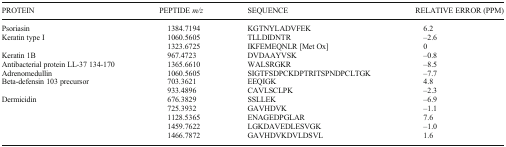
<table><thead><tr><td><b>PROTEIN</b></td><td><b>PEPTIDE <i>m/z</i></b></td><td><b>SEQUENCE</b></td><td><b>RELATIVE ERROR (PPM)</b></td></tr></thead><tbody><tr><td>Psoriasin</td><td>1384.7194</td><td>KGTNYLADVFEK</td><td>6.2</td></tr><tr><td rowspan="2">Keratin type I</td><td>1060.5605</td><td>TLLDIDNTR</td><td>–2.6</td></tr><tr><td>1323.6725</td><td>IKFEMEQNLR [Met Ox]</td><td>0</td></tr><tr><td>Keratin 1B</td><td>967.4723</td><td>DVDAAYVSK</td><td>–0.8</td></tr><tr><td>Antibacterial protein LL-37 134-170</td><td>1365.6610</td><td>WALSRGKR</td><td>–8.5</td></tr><tr><td>Adrenomedullin</td><td>1060.5605</td><td>SIGTFSDPCKDPTRITSPNDPCLTGK</td><td>–7.7</td></tr><tr><td rowspan="2">Beta-defensin 103 precursor</td><td>703.3621</td><td>EEQIGK</td><td>4.8</td></tr><tr><td>933.4896</td><td>CAVLSCLPK</td><td>–2.3</td></tr><tr><td rowspan="5">Dermicidin</td><td>676.3829</td><td>SSLLEK</td><td>–6.9</td></tr><tr><td>725.3932</td><td>GAVHDVK</td><td>–1.1</td></tr><tr><td>1128.5365</td><td>ENAGEDPGLAR</td><td>7.6</td></tr><tr><td>1459.7622</td><td>LGKDAVEDLESVGK</td><td>–1.0</td></tr><tr><td>1466.7872</td><td>GAVHDVKDVLDSVL</td><td>1.6</td></tr></tbody></table>